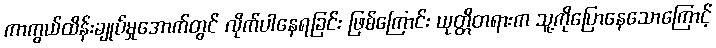
ကာကွယ်ထိန်းချုပ်မှုအောက်တွင် လိုက်ပါနေရခြင်း ဖြစ်ကြောင်း ယုတ္တိတရားက သူ့ကိုပြောနေသောကြောင့်